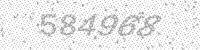
Solution: 584968